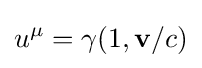
u^{\mu }=\gamma (1,\mathbf {v} /{c})